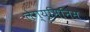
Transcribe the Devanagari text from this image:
लेग्यूमिनिस